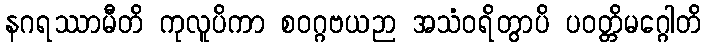
နဂရဿာမီတိ ကုလူပိကာ စဝဂ္ဂဗယဉာ အသံဝရိတွာပိ ပဝတ္တိမဂ္ဂေါတိ